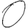
Digit: 0